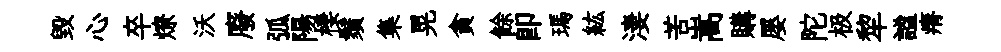
毀心卒燎沃廢弧陽棲鬚集晃貪餘即瑪紘淒苦嵩購屡陀极犂謐瘠